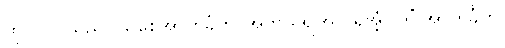
ထိုပုဂ္ဂိုလ်သည်။ သစေအာကင်္ခတိ၊ အကယ်၍အလိုရှိအံ့။ ကိံ အာကင်္ခတိ၊